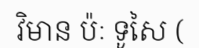
វិមាន ប៉ៈ ទូសៃ (